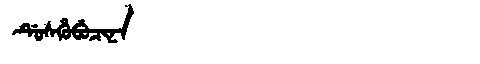
Manchu: ᡩᡠᠰᡥᡠᠪᡠᠴᡳᠨᠠ
Romanization: DUSHUBUCINA